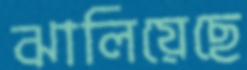
ঝালিয়েছে